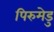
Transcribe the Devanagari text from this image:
पिरुमेडु